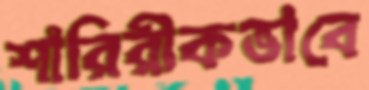
শারিরীকভাবে